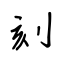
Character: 刻